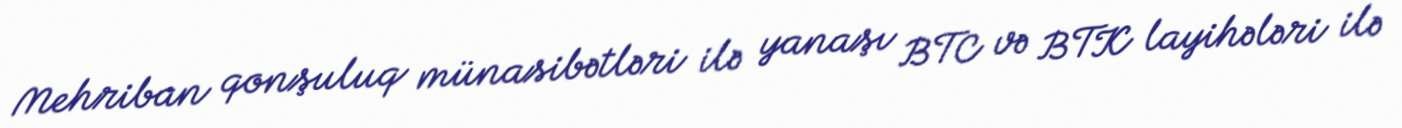
Mehriban qonşuluq münasibətləri ilə yanaşı BTC və BTK layihələri ilə